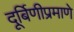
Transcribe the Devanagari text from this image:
दूर्बिणीप्रमाणे